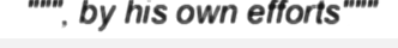
""", by his own efforts"""